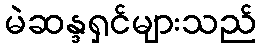
မဲဆန္ဒရှင်များသည်